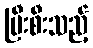
ပြီးစီးသည့်